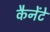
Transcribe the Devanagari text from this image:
कैनेंटे